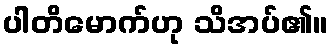
ပါတိမောက်ဟု သိအပ်၏။